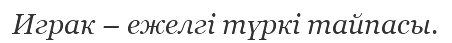
Играк – ежелгі түркі тайпасы.